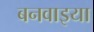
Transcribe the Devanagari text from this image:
बनवाइया